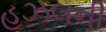
હઝલની